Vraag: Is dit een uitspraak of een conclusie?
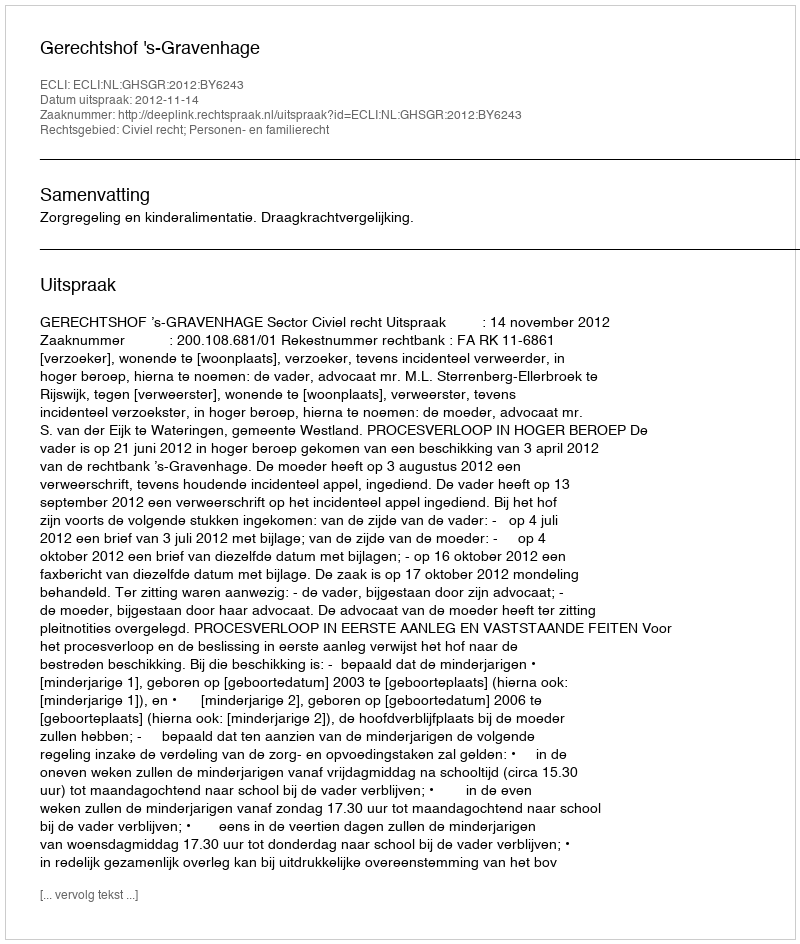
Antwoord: Uitspraak